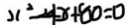
x ^ { 2 } - 4 x + 8 0 = 0